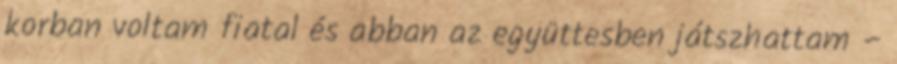
korban voltam fiatal és abban az együttesben játszhattam –